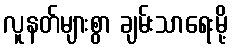
လူနတ်များစွာ ချမ်းသာရေးမို့